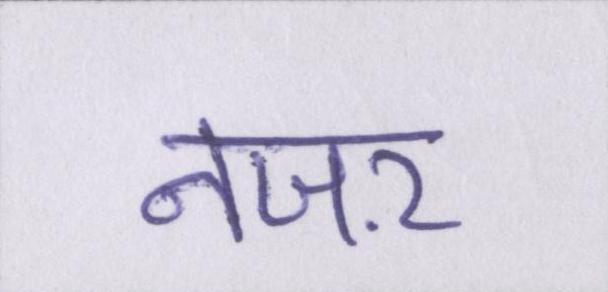
नजऱ